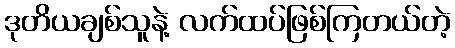
ဒုတိယချစ်သူနဲ့ လက်ထပ်ဖြစ်ကြတယ်တဲ့